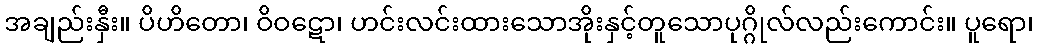
အချည်းနှီး။ ပိဟိတော၊ ဝိဝဋော၊ ဟင်းလင်းထားသောအိုးနှင့်တူသောပုဂ္ဂိုလ်လည်းကောင်း။ ပူရော၊